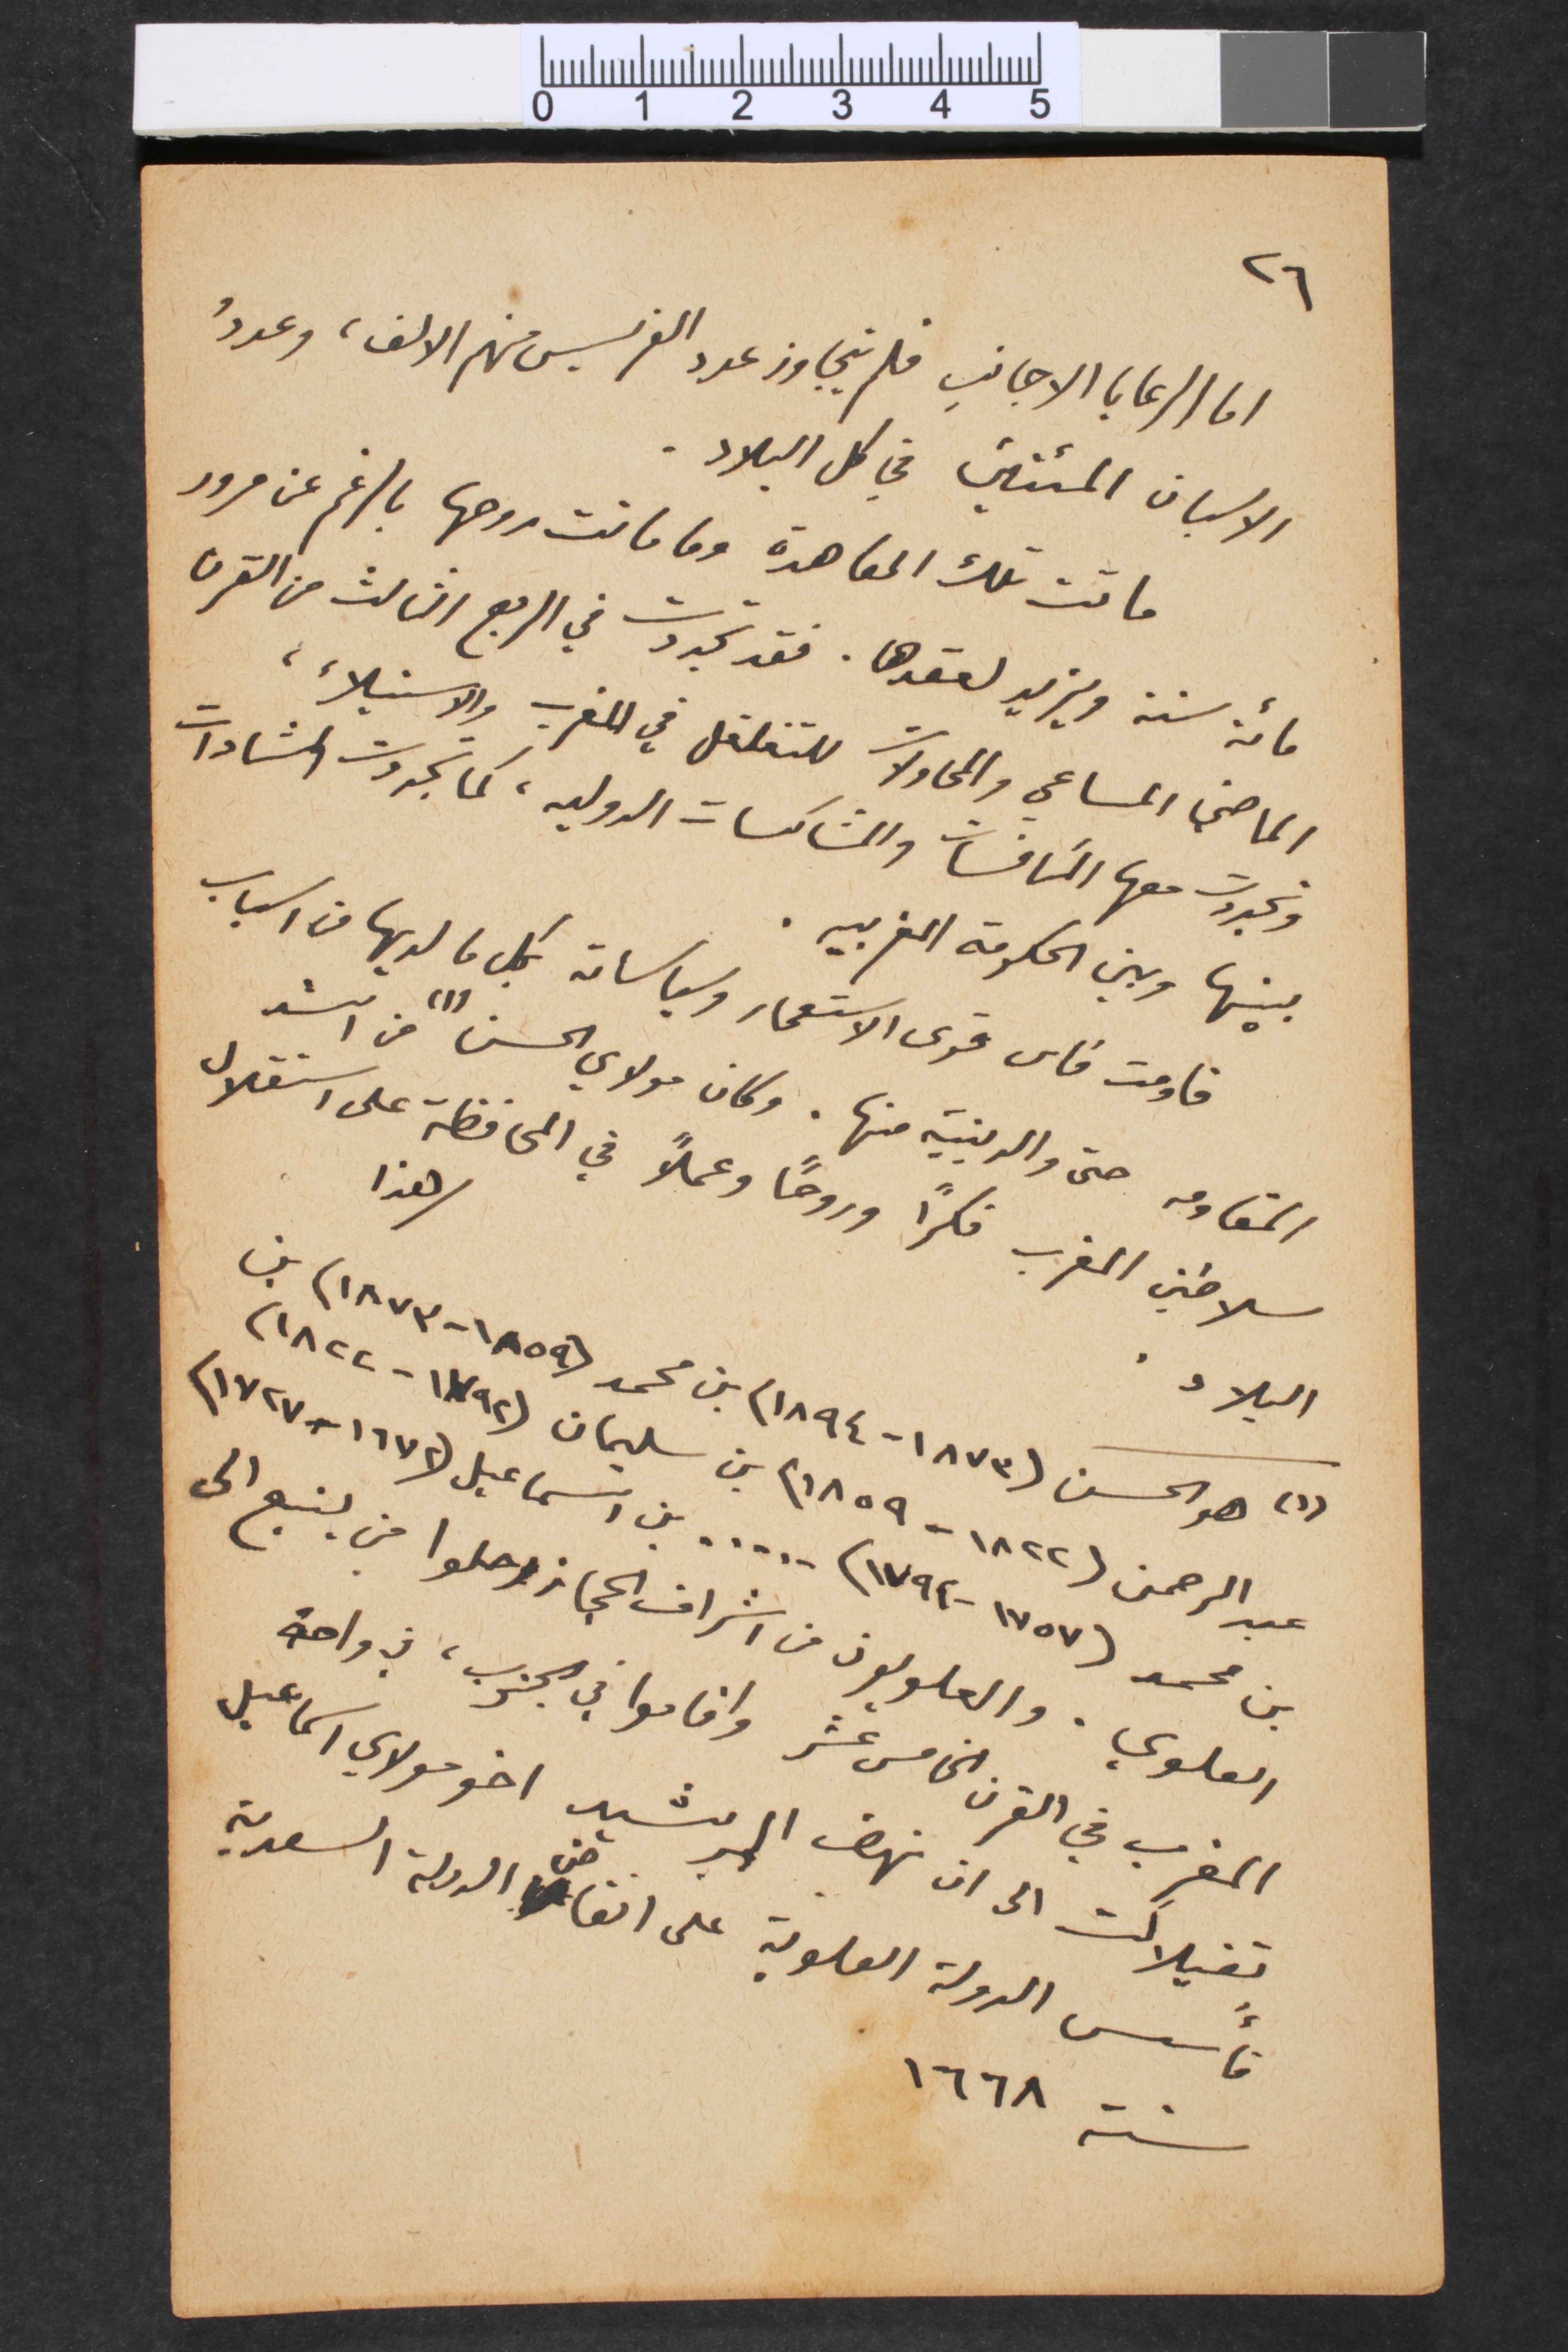
٢٦
اما الرعايا الاجانب فلم يتجاوز عدد الفرنسيس منهم الالف، وعددُ
الاسبان المئتين في كل البلاد.
ماتت تلك المعاهدة وما ماتت روحها بالرغم عن مرور
مائة سنة ويزيد لعقدها. فقد تجددت في الربع الثالث من القرن
الماضي المساعي والمحاولات للتغلغل في المغرب والاستيلاء،
وتجددت معها المنافسات والمشاكسات الدوليه، كما تجددت المشادات
بينها وبين الحكومة المغربيه.
قاومت فاس قوى الاستعمار وسياساته بكل ما لديها من اسباب
المقاومه حتى والدينية منها. وكان مولاي الحسن (١) من اشد
سلاطين المغرب فكراً وروحاً وعملاً في المحافظة على استقلال
هذا
البلاد.
(١)	 هو الحسن (١٨٧٣-١٨٩٤) بن محمد (١٨٥٩-١٨٧٣) بن
عبد الرحمن (١٨٢٢-١٨٥٩) بن سليمان (١٧٩٢-١٨٢٢)
بن محمد (١٧٥٧-١٧٩٢) .... . بن اسماعيل (١٦٧٢-١٧٢٧)
العلوي. والعلويون من اشراف الحجاز رحلوا من ينبع الى
المغرب في القرن الخامس عشر واقاموا في الجنوب، في واحة
تفيلالت الى ان نهض الرشيد اخو مولاي اسماعيل
فأسس الدولة العلوية على انقاض الدولة السعدية
سنة ١٦٦٨